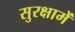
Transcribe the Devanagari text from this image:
सुरक्षामें